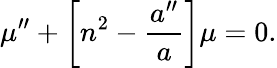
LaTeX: \mu^{\prime\prime}+\biggl[n^{2}-\frac{a^{\prime\prime}}{a}\biggr]\mu=0.